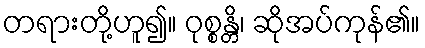
တရားတို့ဟူ၍။ ဝုစ္စန္တိ၊ ဆိုအပ်ကုန်၏။